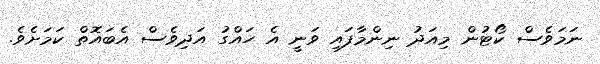
ނަމަވެސް ކޯޓުން މިއަދު ނިންމާފައި ވަނީ އެ ހައްގު އަދިވެސް އެބައޮތް ކަމަށެވެ.